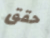
حقق